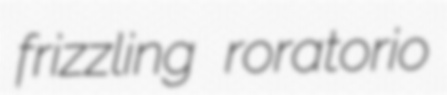
frizzling roratorio